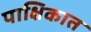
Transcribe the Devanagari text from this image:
पाक्षिकात